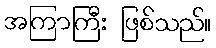
အကြာကြီး ဖြစ်သည်။